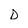
Character: D